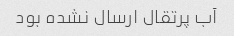
آب پرتقال ارسال نشده بود